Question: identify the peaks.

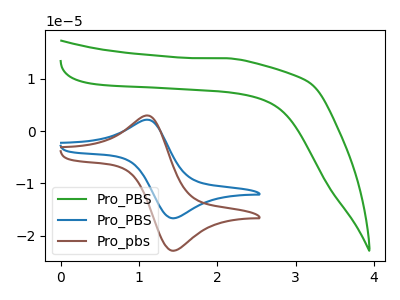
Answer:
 <answer>The green curve "Pro_PBS" has no peaks. The blue curve "Pro_PBS" has an anodic peak at (1.15V, 2.10uA) and a cathodic peak at (1.45V, -16.70uA). The brown curve "Pro_pbs" has an anodic peak at (1.15V, 2.90uA) and a cathodic peak at (1.45V, -22.90uA).</answer>
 <eval></eval>